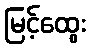
မြင့်ထွေး